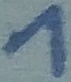
Text: 1